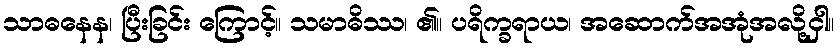
သာဓနေန၊ ပြီးခြင်း ကြောင့်။ သမာဓိဿ၊ ၏။ ပရိက္ခရာယ၊ အဆောက်အအုံအလို့ငှါ။